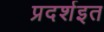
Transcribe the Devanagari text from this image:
प्रदर्शइत